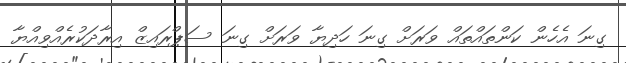
ގިނަ އެހެން ކަންތައްތައް ވަރަށް ގިނަ ހަދިޔާ ވަރަށް ގިނަ ސަޕްރައިޒް އިރާދަކުރެއްވިއްޔާ